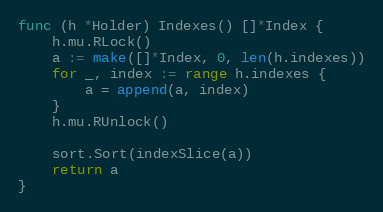
Language: Go
func (h *Holder) Indexes() []*Index {
	h.mu.RLock()
	a := make([]*Index, 0, len(h.indexes))
	for _, index := range h.indexes {
		a = append(a, index)
	}
	h.mu.RUnlock()

	sort.Sort(indexSlice(a))
	return a
}